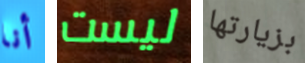
أنا ليست بزيارتها